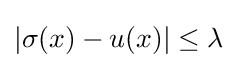
|\sigma (x)-u(x)|\leq \lambda